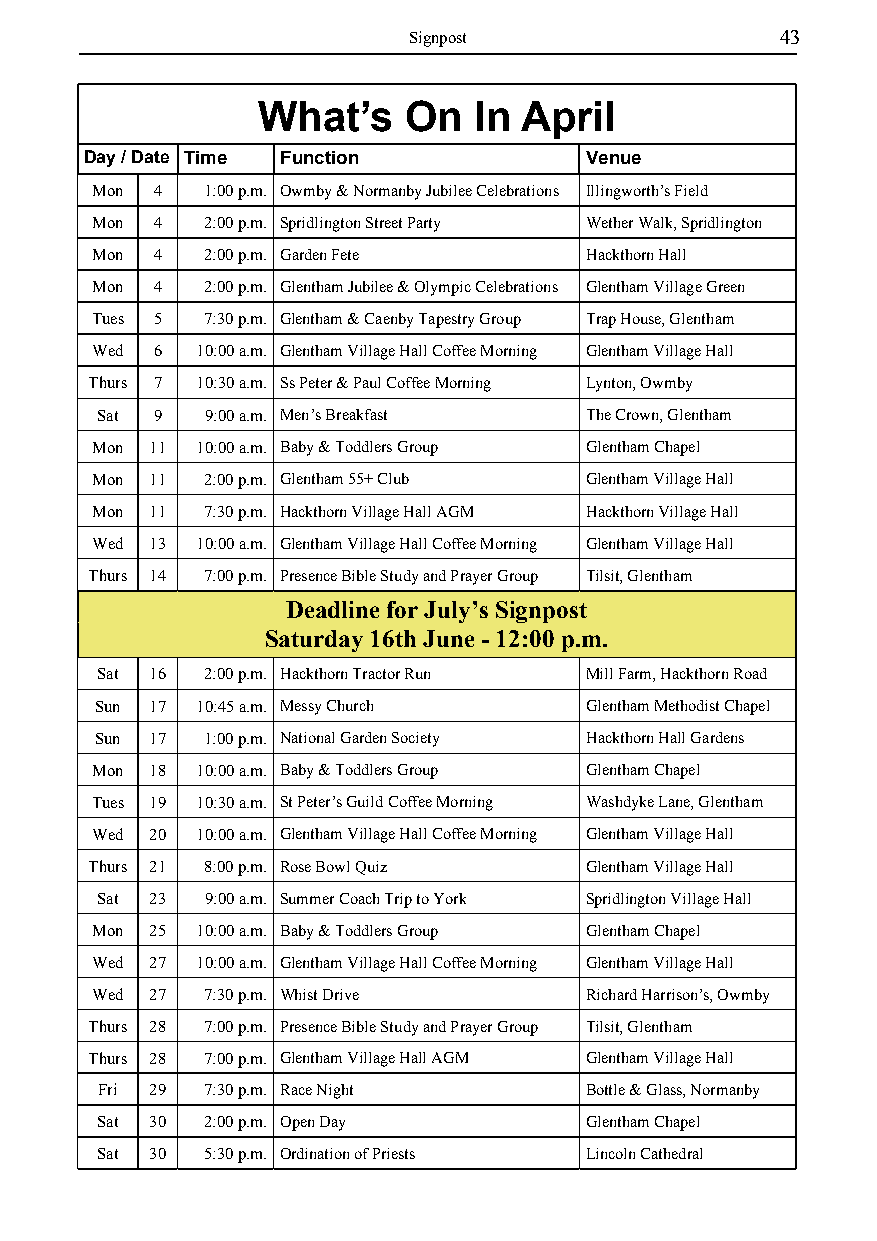
Signpost                 43
 What’s    On  In  April
 Day / Date Time Function         Venue
 Mon 4  1:00 p.m. Owmby & Normanby Jubilee Celebrations Illingworth’s Field
 Mon 4  2:00 p.m. Spridlington Street Party Wether Walk, Spridlington
 Mon 4  2:00 p.m. Garden Fete     Hackthorn Hall
 Mon 4  2:00 p.m. Glentham Jubilee & Olympic Celebrations Glentham Village Green
 Tues 5 7:30 p.m. Glentham & Caenby Tapestry Group Trap House, Glentham
 Wed 6  10:00 a.m. Glentham Village Hall Coffee Morning Glentham Village Hall
 Thurs 7 10:30 a.m. Ss Peter & Paul Coffee Morning Lynton, Owmby
 Sat 9   9:00 a.m. Men’s Breakfast The Crown, Glentham
 Mon 11 10:00 a.m. Baby & Toddlers Group Glentham Chapel
 Mon 11 2:00 p.m. Glentham 55+ Club Glentham Village Hall
 Mon 11 7:30 p.m. Hackthorn Village Hall AGM Hackthorn Village Hall
 Wed 13 10:00 a.m. Glentham Village Hall Coffee Morning Glentham Village Hall
 Thurs 14 7:00 p.m. Presence Bible Study and Prayer Group Tilsit, Glentham
 Deadline for July’s Signpost
 Saturday 16th June - 12:00 p.m.
 Sat 16 2:00 p.m. Hackthorn Tractor Run Mill Farm, Hackthorn Road
 Sun 17 10:45 a.m. Messy Church   Glentham Methodist Chapel
 Sun 17 1:00 p.m. National Garden Society Hackthorn Hall Gardens
 Mon 18 10:00 a.m. Baby & Toddlers Group Glentham Chapel
 Tues 19 10:30 a.m. St Peter’s Guild Coffee Morning Washdyke Lane, Glentham
 Wed 20 10:00 a.m. Glentham Village Hall Coffee Morning Glentham Village Hall
 Thurs 21 8:00 p.m. Rose Bowl Quiz Glentham Village Hall
 Sat 23  9:00 a.m. Summer Coach Trip to York Spridlington Village Hall
 Mon 25 10:00 a.m. Baby & Toddlers Group Glentham Chapel
 Wed 27 10:00 a.m. Glentham Village Hall Coffee Morning Glentham Village Hall
 Wed 27 7:30 p.m. Whist Drive     Richard Harrison’s, Owmby
 Thurs 28 7:00 p.m. Presence Bible Study and Prayer Group Tilsit, Glentham
 Thurs 28 7:00 p.m. Glentham Village Hall AGM Glentham Village Hall
 Fri 29 7:30 p.m. Race Night      Bottle & Glass, Normanby
 Sat 30 2:00 p.m. Open Day        Glentham Chapel
 Sat 30 5:30 p.m. Ordination of Priests Lincoln Cathedral